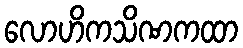
လောဟိကသိဏကထာ